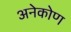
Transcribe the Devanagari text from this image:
अनेकोण